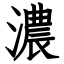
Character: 濃